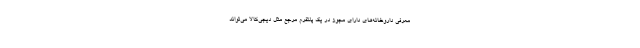
معرفی داروخانه‌های دارای مجوز در یک پلتفرم مرجع مثل دیجی‌کالا می‌تواند